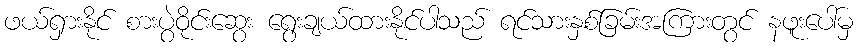
ဖယ်ရှားနိုင် စားပွဲဝိုင်းဆွေး ရွေးချယ်ထားနိုင်ပါသည် ရင်သားနှစ်ခြမ်းအကြားတွင် နဖူးပေါ်မှ